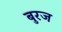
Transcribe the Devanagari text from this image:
बुरज